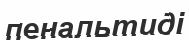
пенальтиді